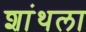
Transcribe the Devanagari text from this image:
शांथला